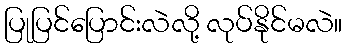
ပြုပြင်ပြောင်းလဲလို့ လုပ်နိုင်မလဲ။